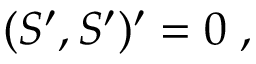
( { \cal S } ^ { \prime } , { \cal S } ^ { \prime } ) ^ { \prime } = 0 \; ,